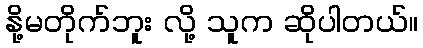
နို့မတိုက်ဘူး လို့ သူက ဆိုပါတယ်။